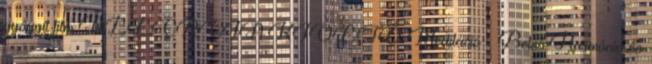
gyógyít film ALLERGIA KIOLTÓ Meditáció ♡ Belső Harmónia és